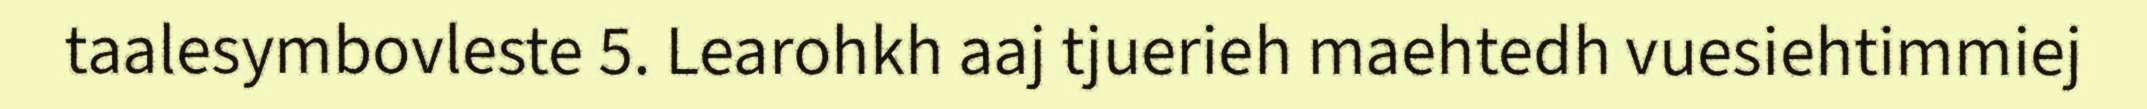
taalesymbovleste 5. Learohkh aaj tjuerieh maehtedh vuesiehtimmiej